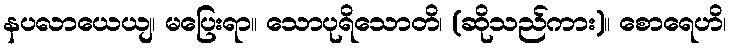
နပလာယေယျ၊ မပြေးရာ။ သောပုရိသောတိ၊ (ဆိုသည်ကား)။ စောရေဟိ၊